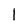
Character: l